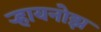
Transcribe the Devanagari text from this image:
र्‍हायनोझ